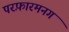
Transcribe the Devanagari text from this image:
परफ़ारमनग